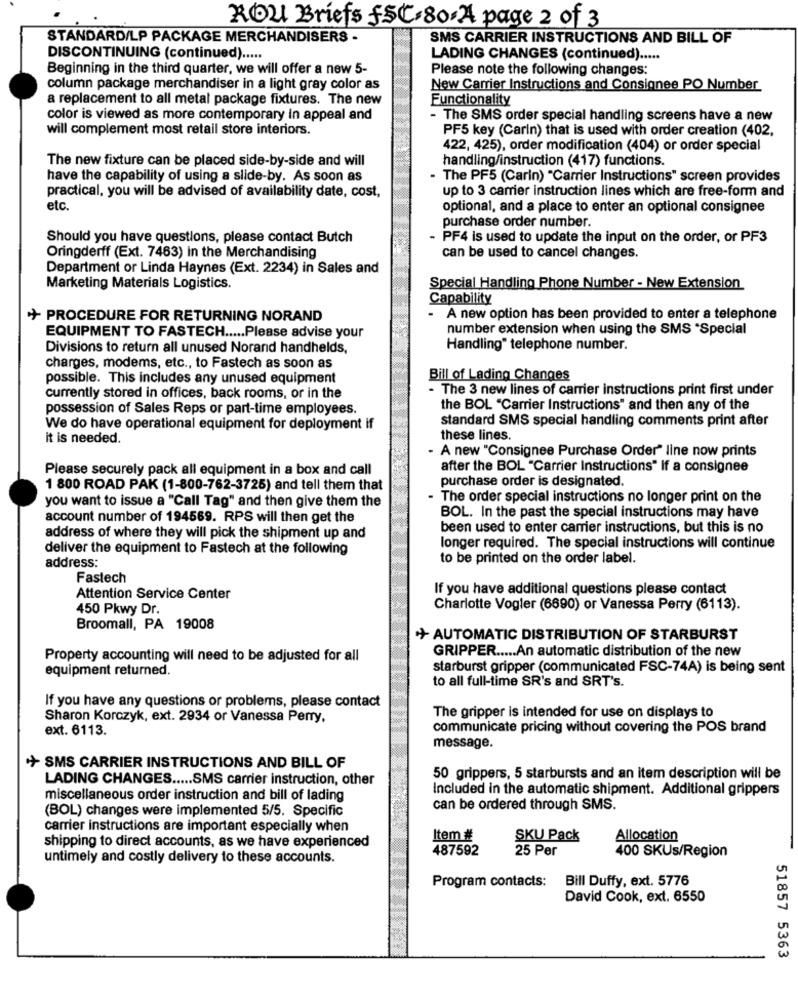
ROU Briefs fSC.80.4 page 2 of 3
STANDARD/LP PACKAGE MERCHANDISERS -
SMS CARRIER INSTRUCTIONS AND BILL OF
DISCONTINUING (continued) .....
LADING CHANGES (continued) .....
Beginning in the third quarter, we will offer a new 5-
Please note the following changes:
column package merchandiser in a light gray color as
New Carrier Instructions and Consignee PO Number
a replacement to all metal package fixtures. The new
Functionality
color is viewed as more contemporary In appeal and
- The SMS order special handling screens have a new
will complement most retail store interiors.
PF5 key (Carin) that is used with order creation (402,
422, 425), order modification (404) or order special
The new fixture can be placed side-by-side and will
handling/instruction (417) functions.
have the capability of using a slide-by. As soon as
The PF5 (Carin) "Carrier Instructions" screen provides
up to 3 carrier instruction lines which are free-form and
practical, you will be advised of availability date, cost,
etc
optional, and a place to enter an optional consignee
purchase order number.
Should you have questions, please contact Butch
PF4 is used to update the input on the order, or PF3
Oringderff (Ext. 7463) in the Merchandising
can be used to cancel changes.
Department or Linda Haynes (Ext. 2234) in Sales and
Marketing Materials Logistics.
Special Handling Phone Number - New Extension
Capability
+ PROCEDURE FOR RETURNING NORAND
- A new option has been provided to enter a telephone
number extension when using the SMS "Special
EQUIPMENT TO FASTECH ..... Please advise your
Divisions to return all unused Norand handhelds,
Handling" telephone number.
charges, modems, etc ., to Fastech as soon as
possible. This includes any unused equipment
Bill of Lading Changes
- The 3 new lines of carrier instructions print first under
currently stored in offices, back rooms, or in the
possession of Sales Reps or part-time employees.
the BOL "Carrier Instructions" and then any of the
standard SMS special handling comments print after
We do have operational equipment for deployment if
it is needed.
these lines.
- A new "Consignee Purchase Order" line now prints
Please securely pack all equipment in a box and call
after the BOL "Carrier Instructions" If a consignee
purchase order is designated.
1 800 ROAD PAK (1-800-762-3725) and tell them that
you want to issue a "Call Tag" and then give them the
The order special instructions no longer print on the
account number of 194569. RPS will then get the
BOL. In the past the special instructions may have
been used to enter carrier instructions, but this is no
address of where they will pick the shipment up and
deliver the equipment to Fastech at the following
longer required. The special instructions will continue
address:
to be printed on the order label.
Fastech
If you have additional questions please contact
Attention Service Center
450 Pkwy Dr.
Charlotte Vogler (6690) or Vanessa Perry (6113).
Broomall, PA 19008
+ AUTOMATIC DISTRIBUTION OF STARBURST
GRIPPER ..... An automatic distribution of the new
Property accounting will need to be adjusted for all
equipment returned.
starburst gripper (communicated FSC-74A) is being sent
to all full-time SR's and SRT's.
If you have any questions or problems, please contact
Sharon Korczyk, ext. 2934 or Vanessa Perry,
The gripper is intended for use on displays to
ext. 6113.
communicate pricing without covering the POS brand
message.
+ SMS CARRIER INSTRUCTIONS AND BILL OF
LADING CHANGES ..... SMS carrier instruction, other
50 grippers, 5 starbursts and an item description will be
Included in the automatic shipment. Additional grippers
miscellaneous order instruction and bill of lading
(BOL) changes were implemented 5/5. Specific
can be ordered through SMS.
carrier instructions are important especially when
Item #
SKU Pack
Allocation
shipping to direct accounts, as we have experienced
487592
25 Per
400 SKUs/Region
untimely and costly delivery to these accounts.
Program contacts:
Bill Duffy, ext. 5776
David Cook, ext. 6550
51857 5363